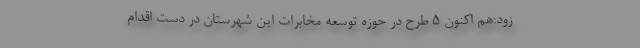
زود:هم اکنون ۵ طرح در حوزه توسعه مخابرات این شهرستان در دست اقدام